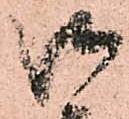
御